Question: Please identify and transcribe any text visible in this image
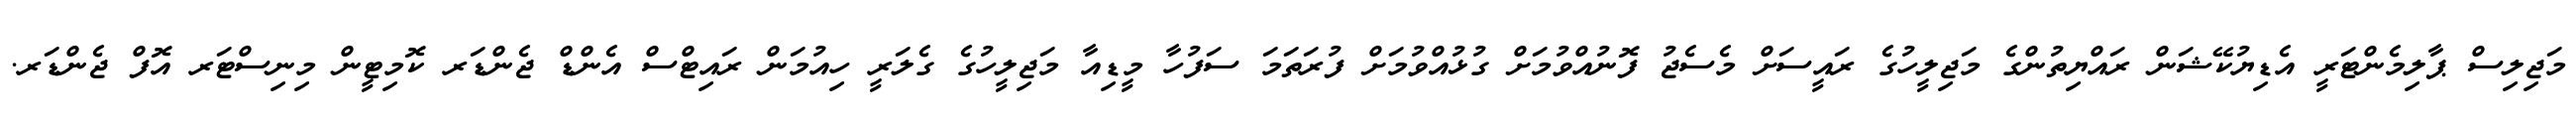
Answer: މަޖިލިސް ޕާލިމެންޓަރީ އެޑިޔުކޭޝަން ރައްޔިތުންގެ މަޖިލީހުގެ ރައީސަށް މެސެޖު ފޮނުއްވުމަށް ގުޅުއްވުމަށް ފުރަތަމަ ސަފުހާ މީޑިއާ މަޖިލީހުގެ ގެލަރީ ހިއުމަން ރައިޓްސް އެންޑް ޖެންޑަރ ކޮމިޓީން މިނިސްޓަރ އޮފް ޖެންޑަރ.